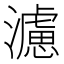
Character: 濾